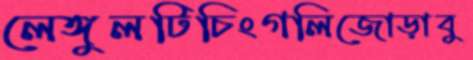
লেঙ্গুলটিচিংগলিজোড়াবু